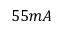
5 5 m A